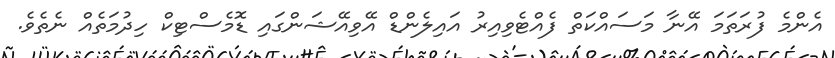
އެންމެ ފުރަތަމަ އޭނާ މަސައްކަތް ފެއްޓެވިއިރު އައިލެންޑް އޭވިއޭޝަންގައި ޑޮމެސްޓިކް ހިދުމަތެއް ނެތެވެ.